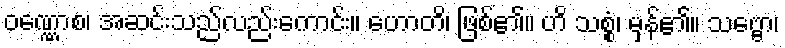
ဝဏ္ဏောစ၊ အဆင်းသည်လည်းကောင်း။ ဟောတိ၊ ဖြစ်၏။ ဟိ သစ္စံ၊ မှန်၏။ သဗ္ဗော၊